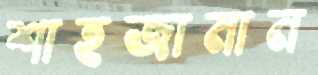
শাহজামান